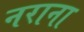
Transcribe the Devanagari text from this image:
नराना